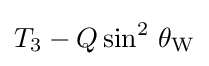
T_{3}-Q\sin ^{2}\,\theta _{\text{W}}